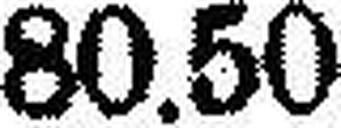
80.50